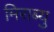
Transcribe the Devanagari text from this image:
मिराब्यु